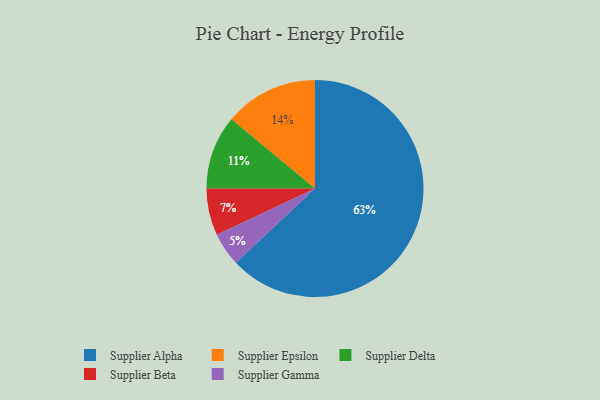
{"axis": {"x": "Category", "y": "Percentage"}, "legend": ["Supplier Alpha", "Supplier Beta", "Supplier Delta", "Supplier Epsilon", "Supplier Gamma"], "data": [{"x": "Supplier Alpha", "y": 63, "type": "Supplier Alpha"}, {"x": "Supplier Beta", "y": 7, "type": "Supplier Beta"}, {"x": "Supplier Delta", "y": 11, "type": "Supplier Delta"}, {"x": "Supplier Epsilon", "y": 14, "type": "Supplier Epsilon"}, {"x": "Supplier Gamma", "y": 5, "type": "Supplier Gamma"}]}